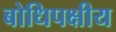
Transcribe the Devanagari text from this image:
बोधिपक्षीय